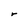
Character: r